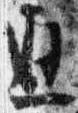
通